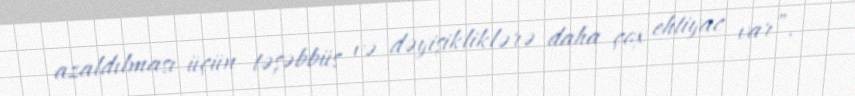
azaldılması üçün təşəbbüs və dəyişikliklərə daha çox ehtiyac var”.